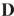
D